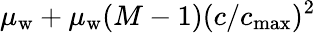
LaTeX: \mu_{\mathrm{w}}+\mu_{\mathrm{w}}(M-1)(c/c_{\mathrm{max}})^{2}